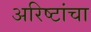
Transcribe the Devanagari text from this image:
अरिष्टांचा